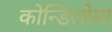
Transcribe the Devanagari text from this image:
कोन्डिलोमा